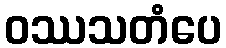
ဝဿသတံပေ